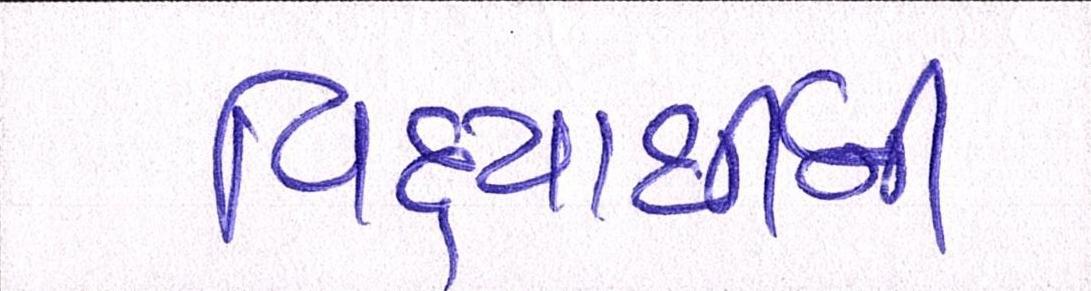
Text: વિદ્યાર્થીની